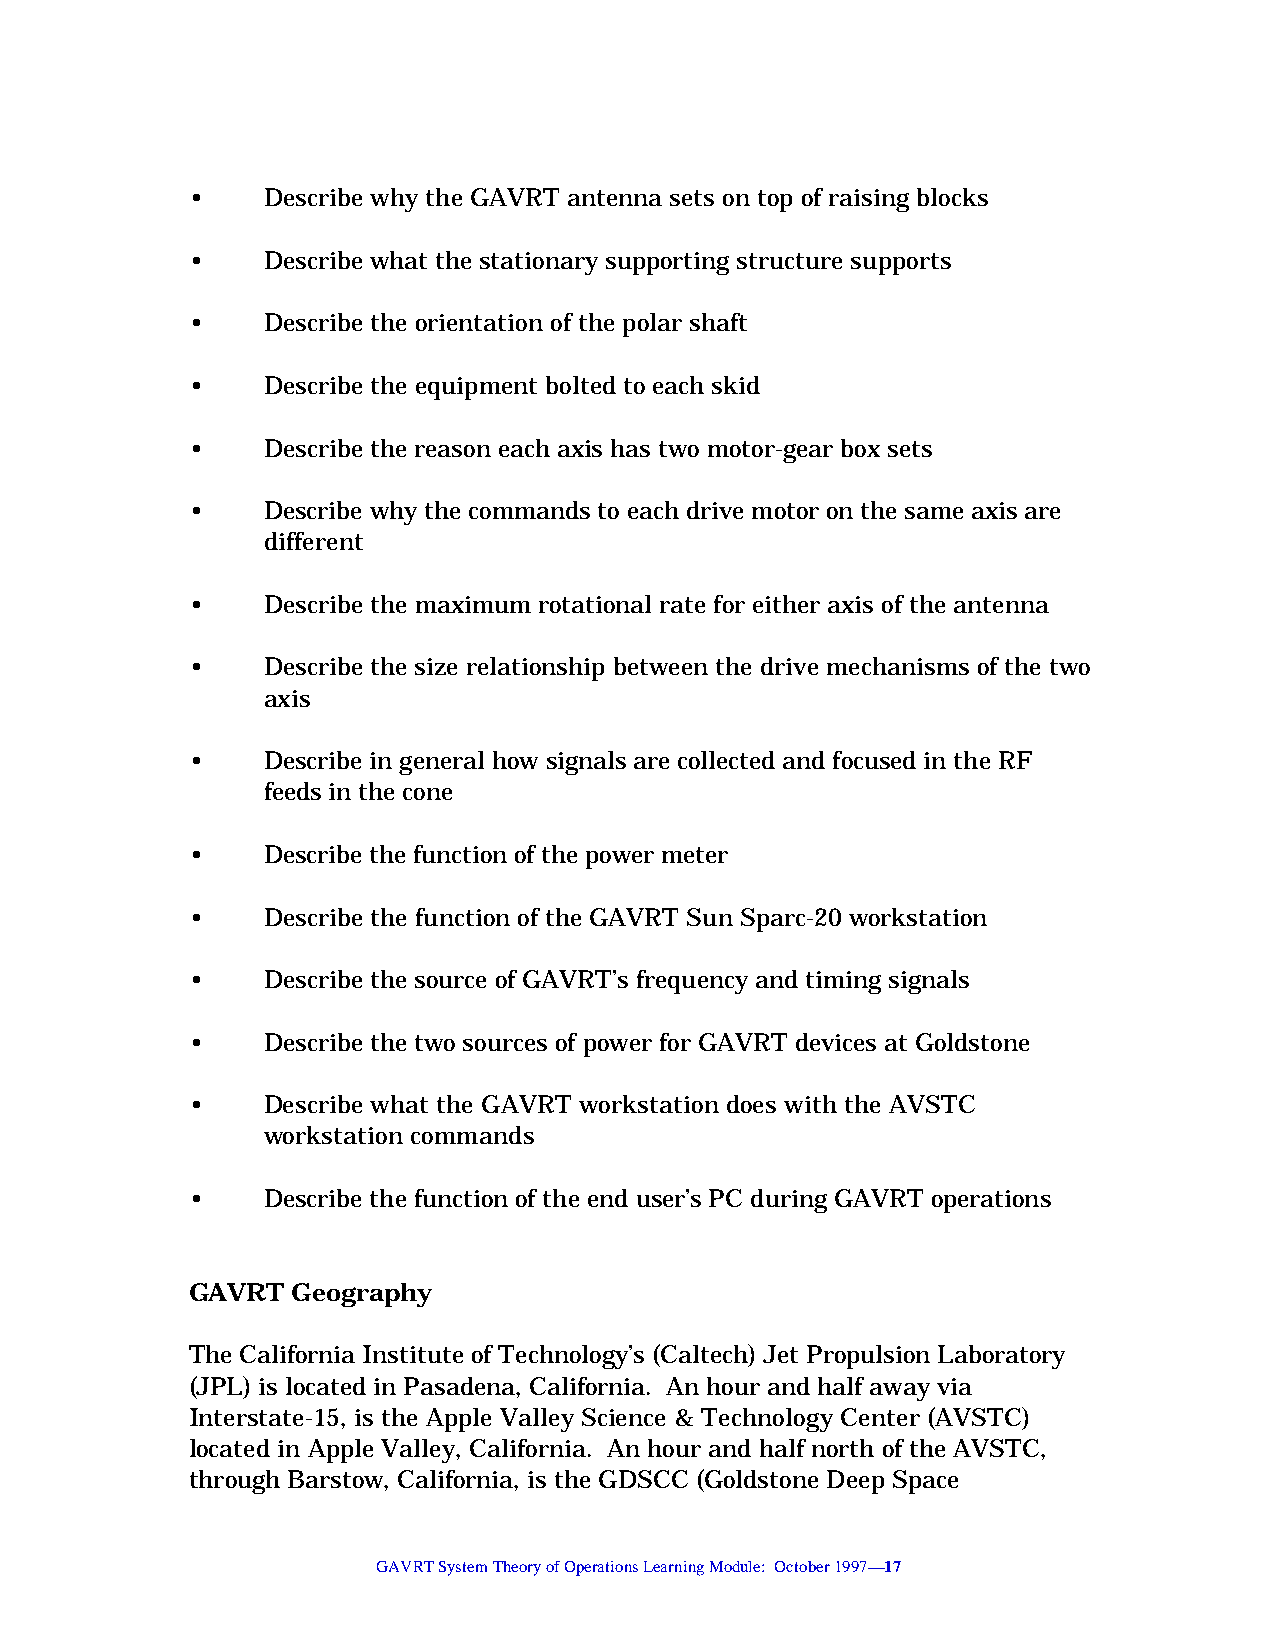
•    Describe why the GAVRT antenna sets on top of raising blocks
 •    Describe what the stationary supporting structure supports
 •    Describe the orientation of the polar shaft
 •    Describe the equipment bolted to each skid
 •    Describe the reason each axis has two motor-gear box sets
 •    Describe why the commands to each drive motor on the same axis are
 different
 •    Describe the maximum rotational rate for either axis of the antenna
 •    Describe the size relationship between the drive mechanisms of the two
 axis
 •    Describe in general how signals are collected and focused in the RF
 feeds in the cone
 •    Describe the function of the power meter
 •    Describe the function of the GAVRT Sun Sparc-20 workstation
 •    Describe the source of GAVRT’s frequency and timing signals
 •    Describe the two sources of power for GAVRT devices at Goldstone
 •    Describe what the GAVRT workstation does with the AVSTC
 workstation commands
 •    Describe the function of the end user’s PC during GAVRT operations
 GAVRT  Geography
 The California Institute of Technology’s (Caltech) Jet Propulsion Laboratory
 (JPL) is located in Pasadena, California. An hour and half away via
 Interstate-15, is the Apple Valley Science & Technology Center (AVSTC)
 located in Apple Valley, California. An hour and half north of the AVSTC,
 through Barstow, California, is the GDSCC (Goldstone Deep Space
 GAVRT System Theory of Operations Learning Module: October 1997—17